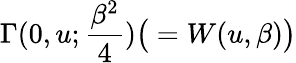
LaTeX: \Gamma(0,u;{\frac{\beta^{2}}{4}})\big(=W(u,\beta)\big)